Civil Veterinary Department. Madras. Admin. report 1926-33 - 1926-1933
Year: 1926
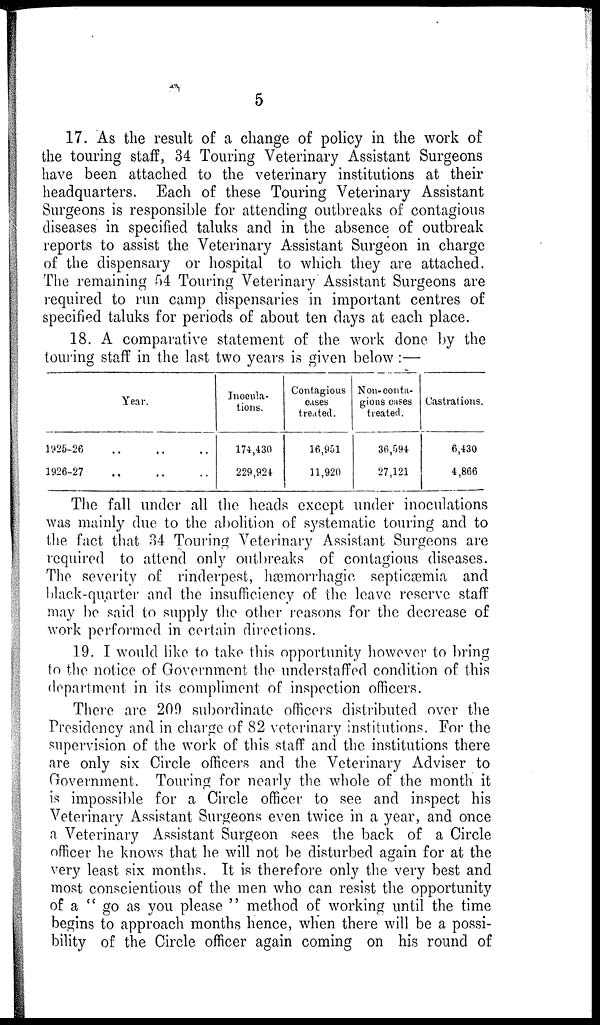
5
17. As the result of a change of policy in the work of
the touring staff, 34 Touring Veterinary Assistant Surgeons
have been attached to the veterinary institutions at their
headquarters. Each of these Touring Veterinary Assistant
Surgeons is responsible for attending outbreaks of contagious
diseases in specified taluks and in the absence of outbreak
reports to assist the Veterinary Assistant Surgeon in charge
of the dispensary or hospital to which they are attached.
The remaining 54 Touring Veterinary Assistant Surgeons are
required to run camp dispensaries in important centres of
specified taluks for periods of about ten days at each place.
18. A comparative statement of the work done by the
touring staff in the last two years is given below :—
Year.
1926-26
..
..
..
1926-27.. .. ..
Inocula-
tions.
174,430
229,924
Contagious
cases
treated.
16,951
11,920
Non-conta-
gious cases
treated.
36,094
27,121
Castrations.
6,430
4,866
The fall under all the heads except under inoculations
was mainly due to the abolition of systematic touring and to
the fact that 34 Touring Veterinary Assistant Surgeons are
required to attend only outbreaks of contagious diseases.
The severity of rinderpest, hæmorrhagic septicæmia and
black-quarter and the insufficiency of the leave reserve staff
may be said to supply the other reasons for the decrease of
work performed in certain directions.
19. I would like to take this opportunity however to bring
to the notice of Government the understaffed condition of this
department in its compliment of inspection officers.
There are 209 subordinate officers distributed over the
Presidency and in charge of 82 veterinary institutions. For the
supervision of the work of this staff and the institutions there
are only six Circle officers and the Veterinary Adviser to
Government. Touring for nearly the whole of the month it
is impossible for a Circle officer to see and inspect his
Veterinary Assistant Surgeons even twice in a year, and once
a Veterinary Assistant Surgeon sees the back of a Circle
officer he knows that he will not be disturbed again for at the
very least six months. It is therefore only the very best and
most conscientious of the men who can resist the opportunity
of a " go as you please " method of working until the time
begins to approach months hence, when there will be a possi-
bility of the Circle officer again coming on his round of